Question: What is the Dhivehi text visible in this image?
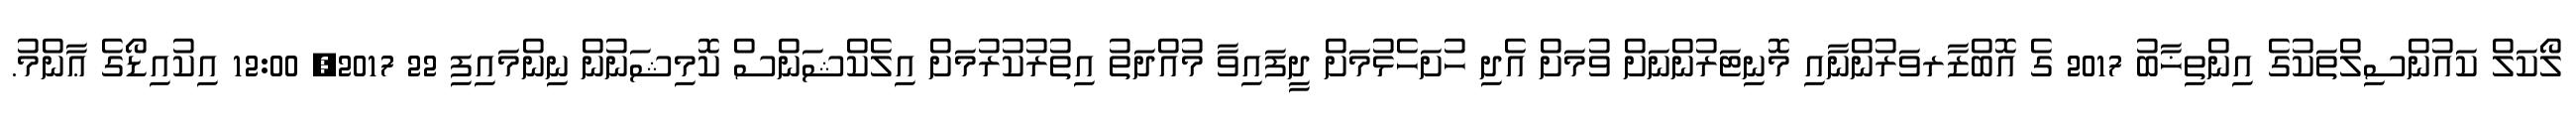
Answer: ލޯކަލް ކައުންސިލްތަކުގެ އިންތިޚާބު 2017 ގެ އޮބްޒާރވަރުންނާއި މޮނިޓަރުންނަށް ވުމަށް އެދި ހުށަހެޅުމަށް ދީފައިވާ މުއްދަތު އިތުރުކުރުމަށް އިލެކްޝަންސް ކޮމިޝަނުން ނިންމައިފި 22 2017, 12:00 އިކުއިޑޯގެ ޢާންމު.